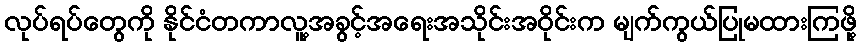
လုပ်ရပ်တွေကို နိုင်ငံတကာလူ့အခွင့်အရေးအသိုင်းအဝိုင်းက မျက်ကွယ်ပြုမထားကြဖို့